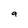
Character: a